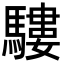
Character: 䮫